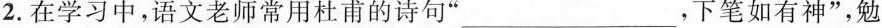
2.在学习中，语文老师常用杜甫的诗句”___，下笔如有神”，勉